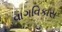
વાગવિકાસ